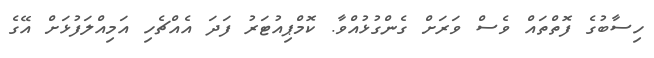
ހިސާބުގެ ފޮތްތައް ވެސް ވަރަށް ގެންގުޅުއްވާ. ކޮމްޕިއުޓަރު ފަދަ އެއްޗެހި އަމިއްލަފުޅަށް އޭގެ